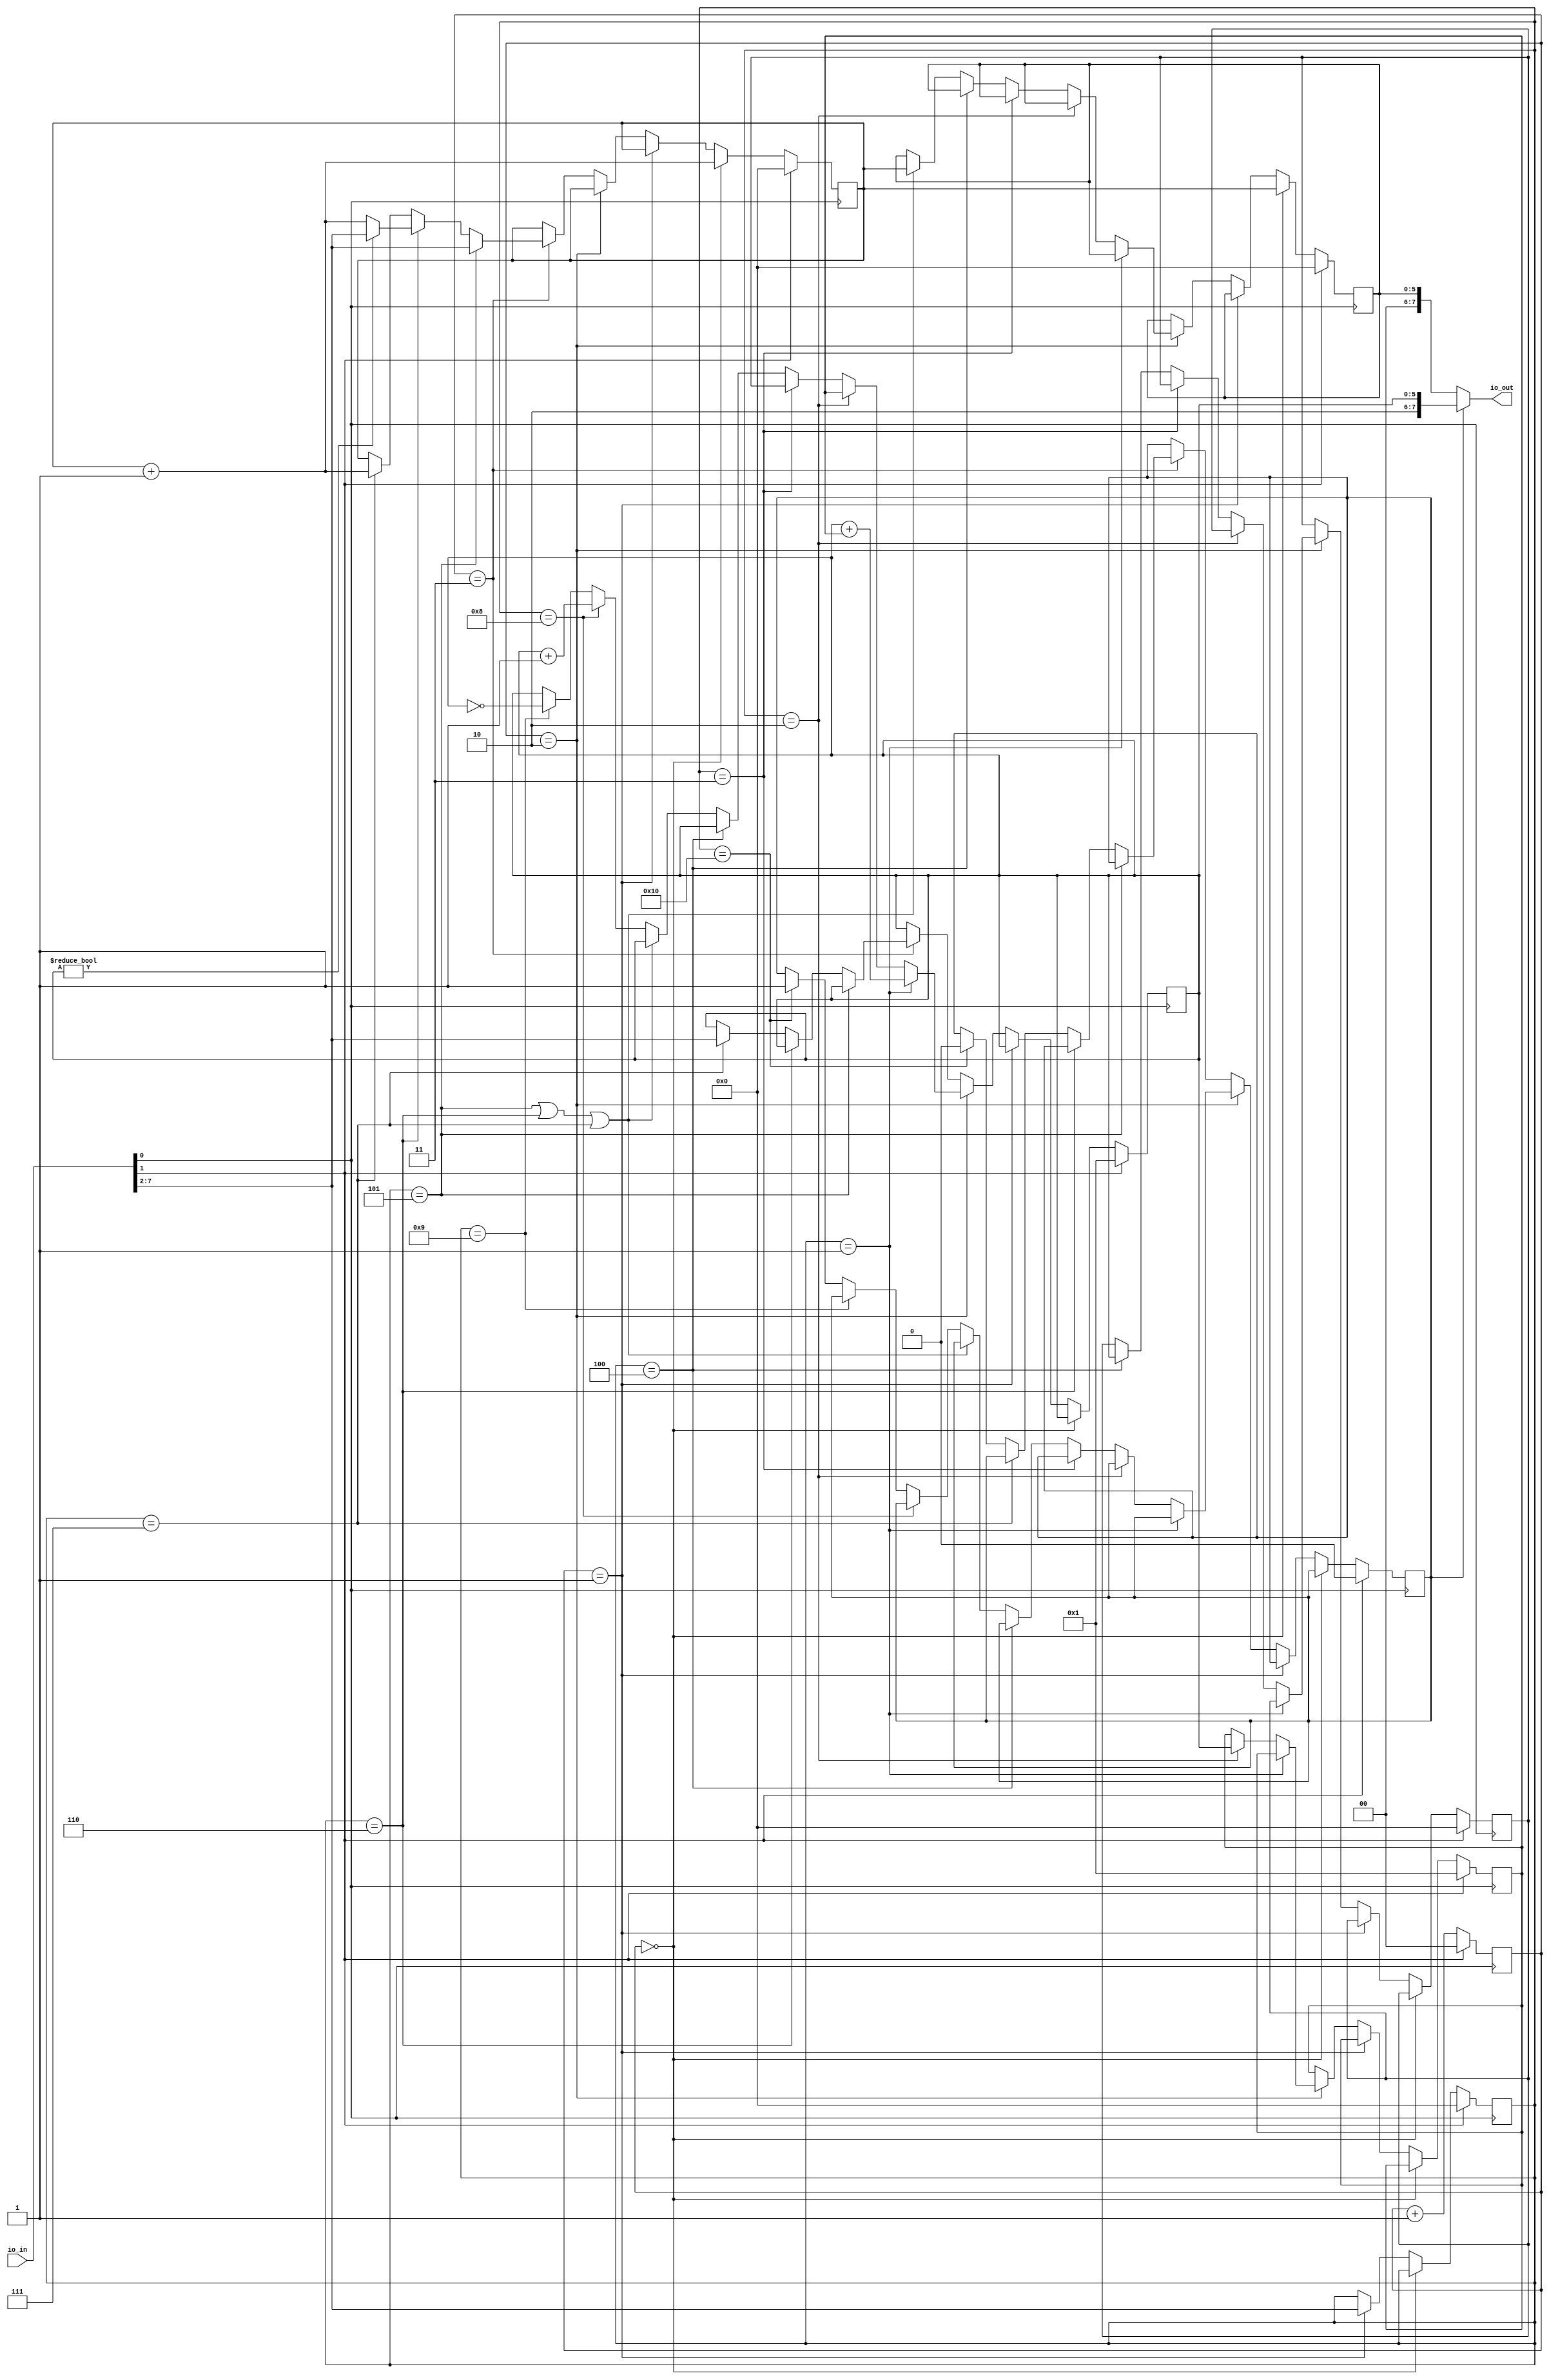
`default_nettype none

// Keep I/O fixed for TinyTapeout
module user_module_341360223723717202(
  input wire[7:0] io_in, 
  output wire[7:0] io_out
);
  // using io_in[0] as clk, io_in[1] as reset
  wire clk;
  assign clk = io_in[0];
  wire reset;
  assign reset = io_in[1];
  wire[5:0] mem_in;
  assign mem_in = io_in[7:2];

  reg[5:0] reg_a;
  reg[5:0] reg_b;
  reg[5:0] reg_c;
  reg[5:0] pc;
  reg[5:0] instr;
  reg[5:0] mem_request;
  reg[1:0] micro_pc;
  reg ctrl_output_a;

  assign io_out = ctrl_output_a ? { 2'b10, reg_a }
                                : { 4'b0000, mem_request };

  always @(posedge clk) begin
    if (reset) begin
      reg_a <= 1;
      reg_b <= 1;
      reg_c <= 0;
      pc <= 0;
      micro_pc <= 0;
      instr <= 0;
      mem_request <= 0;
      ctrl_output_a <= 0;
    end else begin
      micro_pc <= micro_pc + 1;
      if (micro_pc == 0) begin
        mem_request <= pc;
        pc <= pc + 1;
      end else if (micro_pc == 1) begin
        instr <= mem_in;
      end else if (micro_pc == 2) begin
        if (instr == 1) reg_a <= reg_a + reg_b;
        else if (instr == 2) begin reg_a <= reg_b; reg_b <= reg_a; end
        else if (instr == 3) begin reg_a <= reg_c; end
        else if (instr == 4) begin reg_c <= reg_a; end
        else if (instr == 5 || instr == 6 || instr == 7) begin mem_request <= pc; end
        else if (instr == 8) begin reg_a <= reg_a + 1; end
        else if (instr == 9) begin reg_a <= ~reg_a; end
        else if (instr == 16) begin ctrl_output_a <= 1; end
      end else if (micro_pc == 3) begin
        if (instr == 5) begin pc <= mem_in; end
        else if (instr == 6) begin
          if (reg_a != 0) begin pc <= mem_in; end else begin pc <= pc + 1; end
        end
        else if (instr == 7) begin reg_a <= mem_in; pc <= pc + 1; end
        else if (instr == 16) begin ctrl_output_a <= 0; end
      end
    end
  end

endmodule